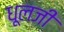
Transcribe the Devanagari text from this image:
धूलजी